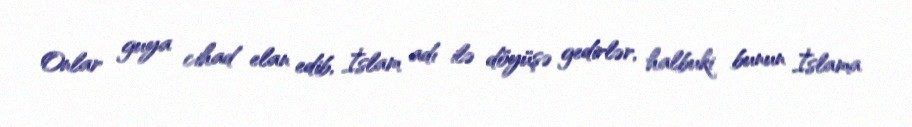
Onlar guya cihad elan edib, İslam adı ilə döyüşə gedirlər, halbuki bunun İslama